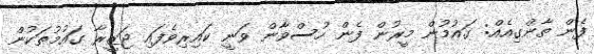
ފެން ތާންގިއެއް: ގައުމުން މީރުން ފެން ހުސްވާން ވަނީ ކައިރިވެފައި ޖަޒީރާ ގައުމުތަކުން